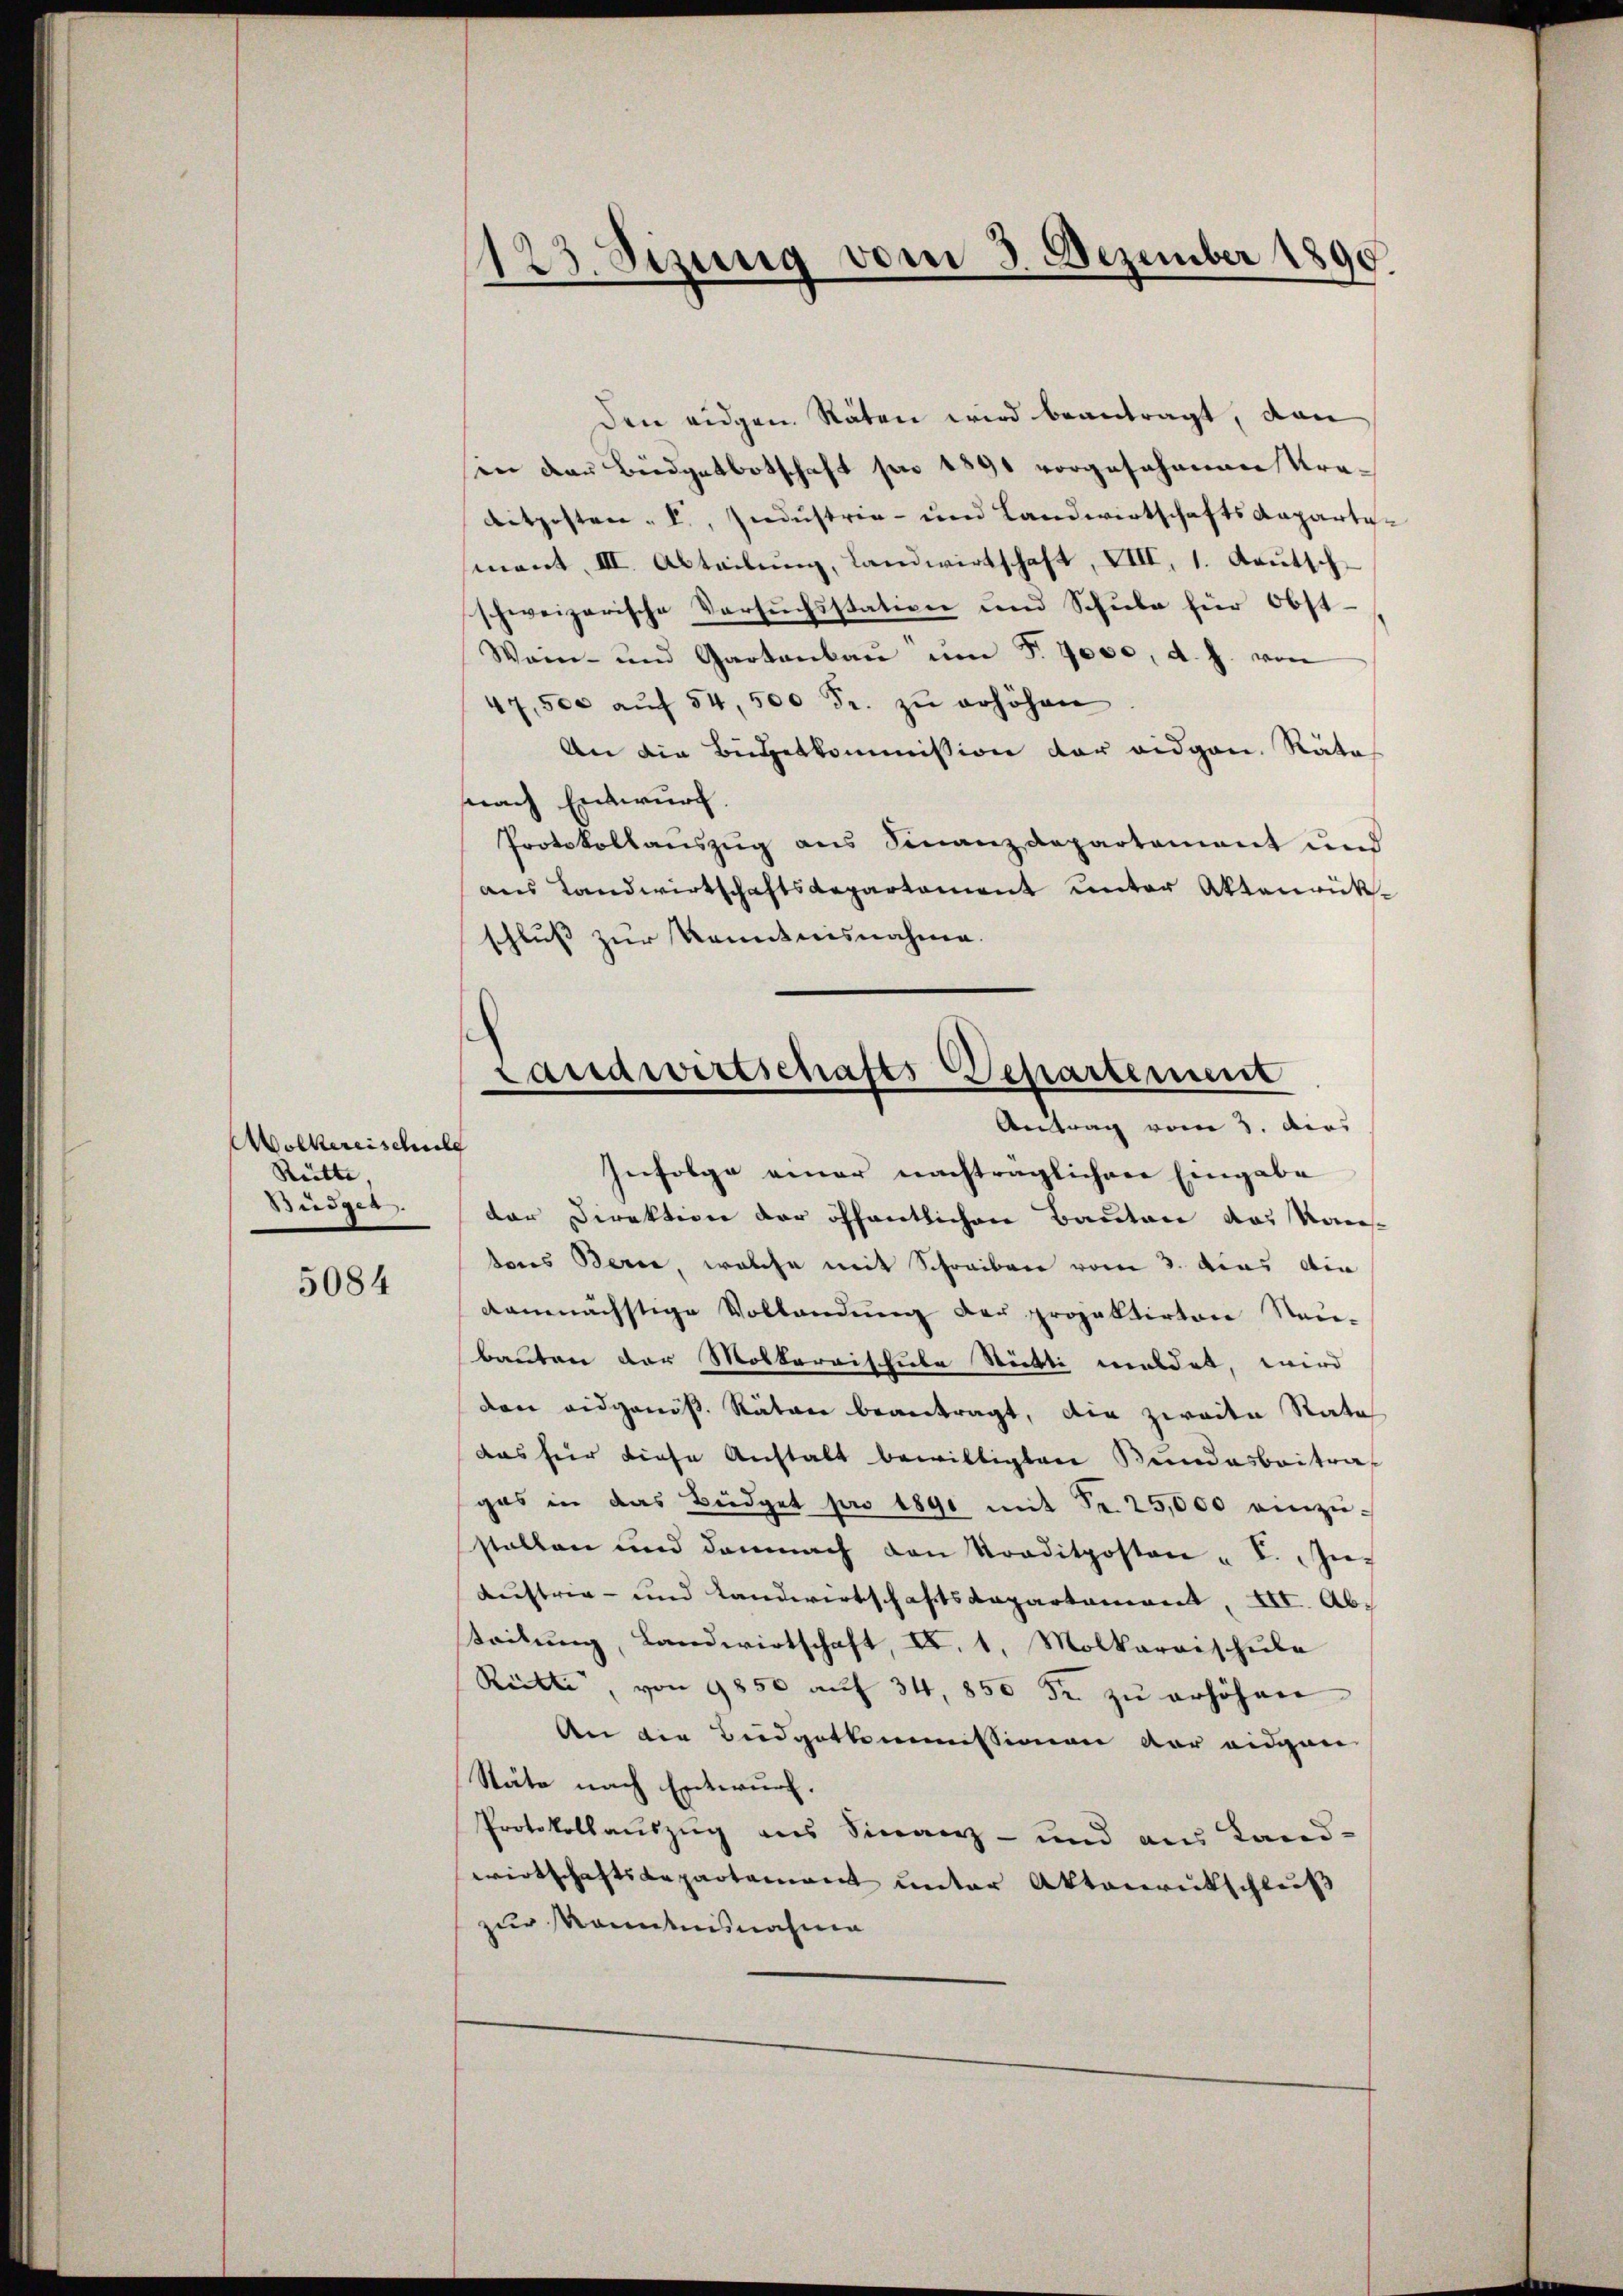
Wolkereischulg
Rütte,
Büdger

5084

123. Sizung vom 3. Dezember 1890.

Den eidgen. Räten wird beantragt, dan
in der Büdgetbotschaft pro 1891 vorgesehenden Kreditposten - V., Siedŭstrie- und Landwirtschafts-Kapartemont. III. Abteilŭng, Landwirtschaft, VIII, 1. Kautsch-
schweizerische Versuchsstation und Schule für Obst¬
Wain- und Gartenbaŭ ŭm Fr. 7000, d. J. von
47,500 aŭf 54, 500 Fr. zŭ erhöhen
An die Büdgetkommission der eidgen. Räte
nach Entwurf.
Protokollaŭszŭg ans Finanzdepartement und
ans Landwirtschaftsdepartament unter Aktenrükschluß zur Kenntnisnahme.
Infolge einer nachträglichen Eingabe
dar Direktion der öffentlichen Bauten das Kons
tons Berne, welche mit Schreiben vom 3. das die
demnächstige Vollandung der projektirten Nau-
bauten der Mottarischiebe Stickte meldet, wird
den eidgenös. Räten beantragt, die zweite Rate
das für diese Anstalt bewilligten Bundesbeitragas in das Büdget pro 1890 mit Fr. 25,000 einzŭ-
stallen und demnach den Traditposten u V. In-
Austrie- und Landwirtschaftsdepartement, XII. Abteilung, Landwirtschaft, II. 1. Molkaraischule
Rütti, von 9850 aŭf 34, 850 Fr. zŭ erhöhen
An die Budgetkommissionen der eidgen
Stäte nach Entwurf.
Protokollaŭszŭg ans Finanz- und aus Land-
wirtschaftsdepartement unter Aktenrutschluß
zur Kenntnisnahme

Landwirtschafts Departement
Antrag vom 3. dies